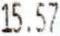
15.57